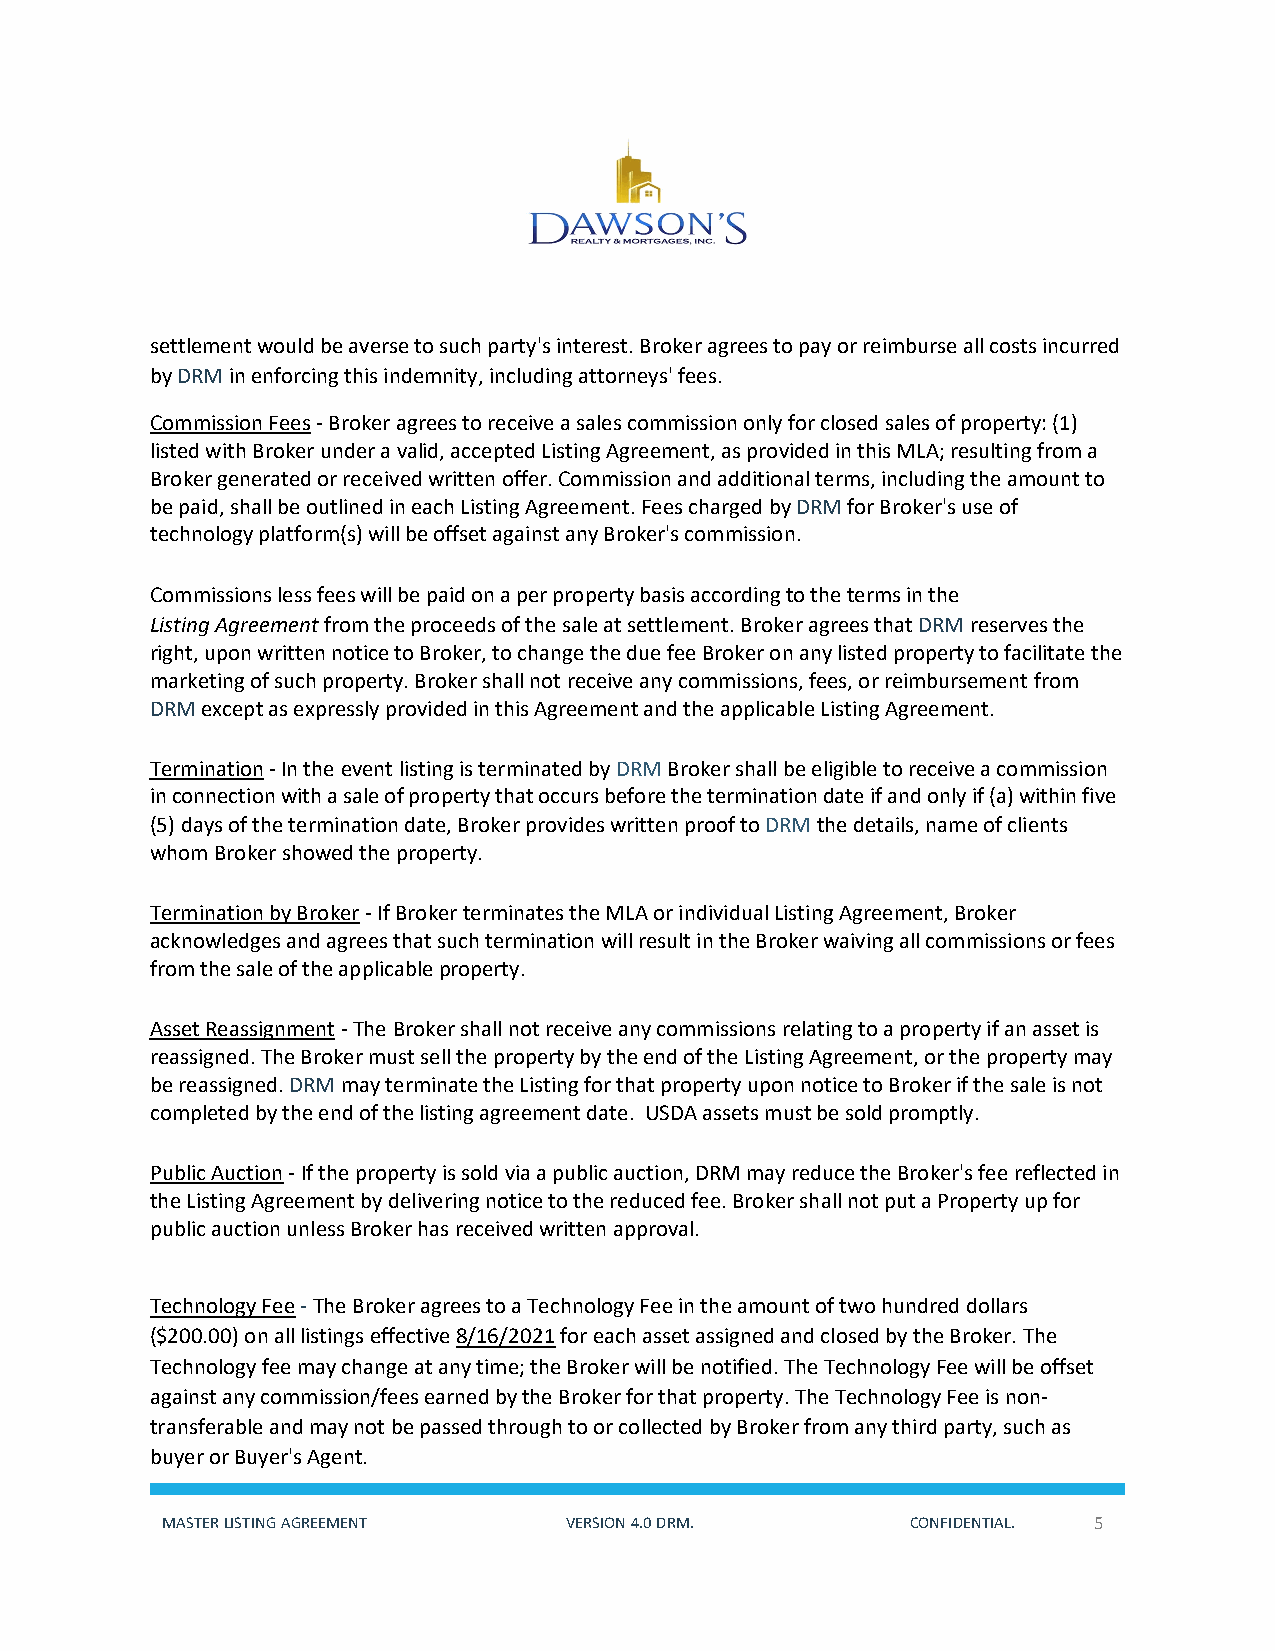
settlement would be averse to such party's interest. Broker agrees to pay or reimburse all costs incurred
 by DRM in enforcing this indemnity, including attorneys' fees.
 Commission Fees - Broker agrees to receive a sales commission only for closed sales of property: (1)
 listed with Broker under a valid, accepted Listing Agreement, as provided in this MLA; resulting from a
 Broker generated or received written offer. Commission and additional terms, including the amount to
 be paid, shall be outlined in each Listing Agreement. Fees charged by DRM for Broker's use of
 technology platform(s) will be offset against any Broker's commission.
 Commissions less fees will be paid on a per property basis according to the terms in the
 Listing Agreement from the proceeds of the sale at settlement. Broker agrees that DRM reserves the
 right, upon written notice to Broker, to change the due fee Broker on any listed property to facilitate the
 marketing of such property. Broker shall not receive any commissions, fees, or reimbursement from
 DRM except as expressly provided in this Agreement and the applicable Listing Agreement.
 Termination - In the event listing is terminated by DRM Broker shall be eligible to receive a commission
 in connection with a sale of property that occurs before the termination date if and only if (a) within five
 (5) days of the termination date, Broker provides written proof to DRM the details, name of clients
 whom Broker showed the property.
 Termination by Broker - If Broker terminates the MLA or individual Listing Agreement, Broker
 acknowledges and agrees that such termination will result in the Broker waiving all commissions or fees
 from the sale of the applicable property.
 Asset Reassignment - The Broker shall not receive any commissions relating to a property if an asset is
 reassigned. The Broker must sell the property by the end of the Listing Agreement, or the property may
 be reassigned. DRM may terminate the Listing for that property upon notice to Broker if the sale is not
 completed by the end of the listing agreement date. USDA assets must be sold promptly.
 Public Auction - If the property is sold via a public auction, DRM may reduce the Broker's fee reflected in
 the Listing Agreement by delivering notice to the reduced fee. Broker shall not put a Property up for
 public auction unless Broker has received written approval.
 Technology Fee - The Broker agrees to a Technology Fee in the amount of two hundred dollars
 ($200.00) on all listings effective 8/16/2021 for each asset assigned and closed by the Broker. The
 Technology fee may change at any time; the Broker will be notified. The Technology Fee will be offset
 against any commission/fees earned by the Broker for that property. The Technology Fee is non-
 transferable and may not be passed through to or collected by Broker from any third party, such as
 buyer or Buyer's Agent.
 MASTER LISTING AGREEMENT  VERSION 4.0 DRM.       CONFIDENTIAL. 5